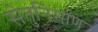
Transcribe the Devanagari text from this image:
सेतुनिर्माण